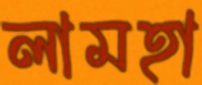
লামহা